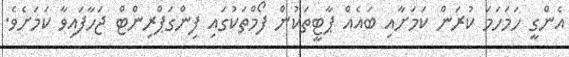
އެންގީ ހަމަހަމަ ކުރަން ކަމަށާއި ބައެއް ޕާޓީތަކުން ފޯމްތަކުގައި ފިންގަޕްރިންޓް ޖަހާފައިވާ ކަމަށެވެ.